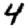
Digit: 4